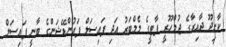
ކާށިދޫ ދާއިރާގެ ޖުމްހޫރީ ޕާޓީގެ މެމްބަރު އަދި ފައިސަލް ފައުންޑޭޝަންގެ ބާނީ ފައިސަލް